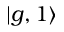
\vert g , 1 \rangle